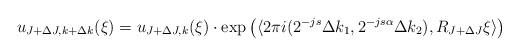
LaTeX: \begin{align*}u_{J+\Delta J,k+\Delta k}(\xi) = u_{J+\Delta J,k}(\xi) \cdot \exp\big(\langle 2\pi i (2^{-js}\Delta k_1,2^{-js\alpha}\Delta k_2), R_{J+\Delta J}\xi \rangle\big)\end{align*}